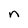
Character: n